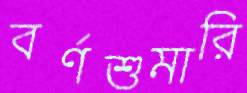
বর্ণশুমারি